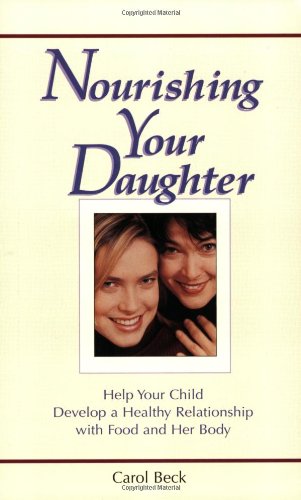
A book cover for Nourishing Your Daughter: Help your Child Develop a Healthy Relationship with Food and her Body; Carol Beck; Health, Fitness & Dieting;